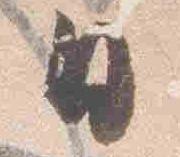
日